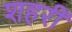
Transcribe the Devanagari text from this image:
शहरीं